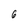
Character: 6